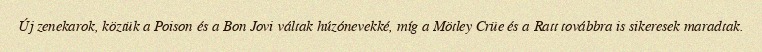
Új zenekarok, köztük a Poison és a Bon Jovi váltak húzónevekké, míg a Mötley Crüe és a Ratt továbbra is sikeresek maradtak.